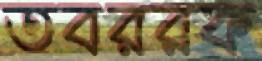
তবররক